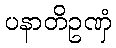
ပနာတိဥဏှံ